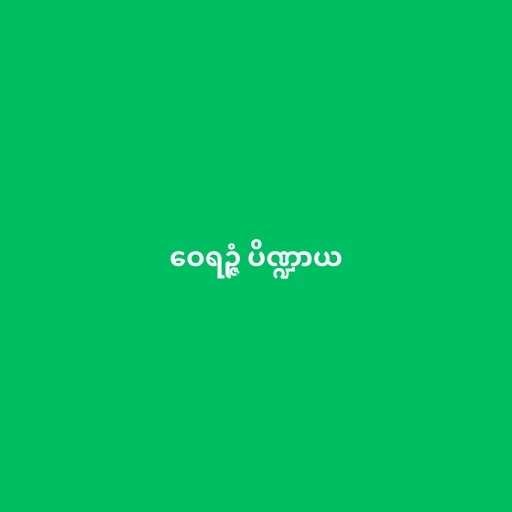
ဝေရဉ္ဇံ ပိဏ္ဍာယ